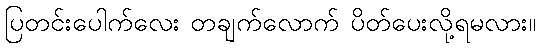
ပြတင်းပေါက်လေး တချက်လောက် ပိတ်ပေးလို့ရမလား။